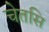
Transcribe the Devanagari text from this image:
चेतसि